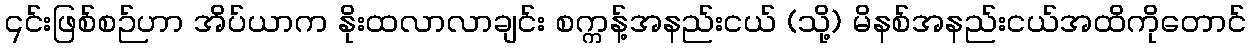
၎င်းဖြစ်စဉ်ဟာ အိပ်ယာက နိုးထလာလာချင်း စက္ကန့်အနည်းငယ် (သို့) မိနစ်အနည်းငယ်အထိကိုတောင်